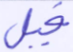
فيل